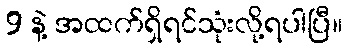
9 နဲ့ အထက်ရှိရင်သုံးလို့ရပါပြီ။